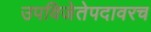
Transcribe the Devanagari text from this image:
उपविजेतेपदावरच